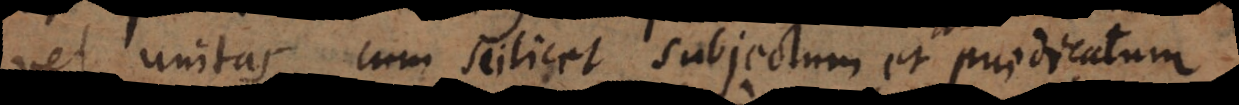
vel unitas, cum scilicet subjectum et praedicatum